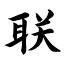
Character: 联